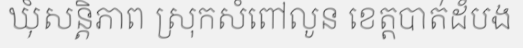
ឃុំសន្តិភាព ស្រុកសំពៅលូន ខេត្តបាត់ដំបង